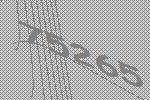
75265